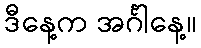
ဒီနေ့က အင်္ဂါနေ့။